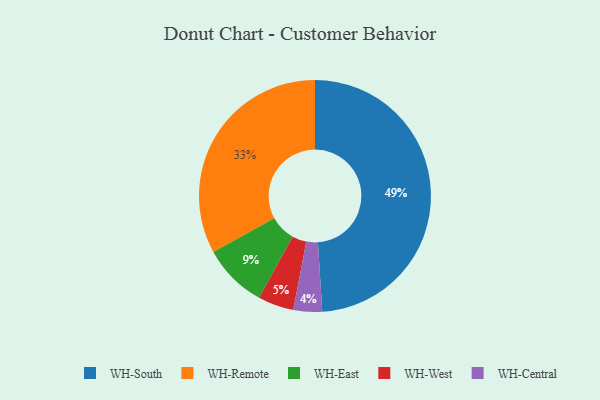
{"axis": {"x": "Category", "y": "Percentage"}, "legend": ["WH-Central", "WH-East", "WH-Remote", "WH-South", "WH-West"], "data": [{"x": "WH-West", "y": 5, "type": "WH-West"}, {"x": "WH-Remote", "y": 33, "type": "WH-Remote"}, {"x": "WH-East", "y": 9, "type": "WH-East"}, {"x": "WH-Central", "y": 4, "type": "WH-Central"}, {"x": "WH-South", "y": 49, "type": "WH-South"}]}